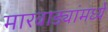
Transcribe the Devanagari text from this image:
मारवाड्यांमध्ये